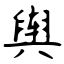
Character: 舆